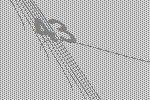
43